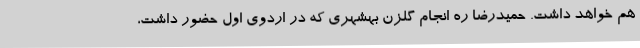
هم خواهد داشت. حمیدرضا ره انجام گلزن بهشهری که در اردوی اول حضور داشت،